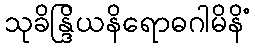
သုခိန္ဒြိယနိရောဓဂါမိနိံ